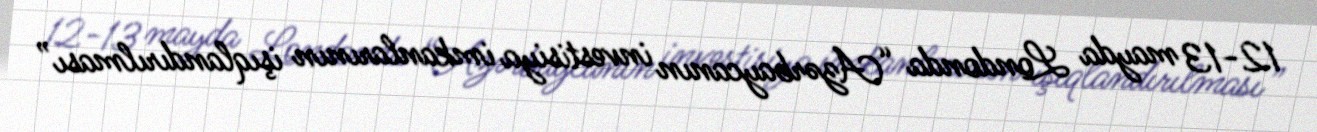
12-13 mayda Londonda “Azərbaycanın investisiya imkanlarının işıqlandırılması”